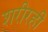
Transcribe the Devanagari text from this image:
शरीरही